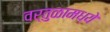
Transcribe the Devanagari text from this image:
वर्तुळामध्ये